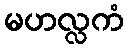
မဟလ္လကံ